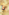
يا